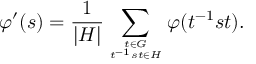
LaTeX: \varphi ^ { \prime } ( s ) = { \frac { 1 } { | H | } } \sum _ { t \in G \atop t ^ { - 1 } s t \in H } ^ { } \varphi ( t ^ { - 1 } s t ) .